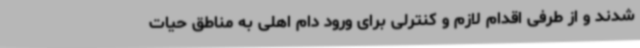
شدند و از طرفی اقدام لازم و کنترلی برای ورود دام اهلی به مناطق حیات